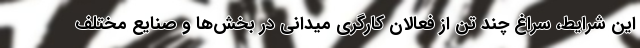
این شرایط، سراغ چند تن از فعالان کارگری میدانی در بخش‌ها و صنایع مختلف